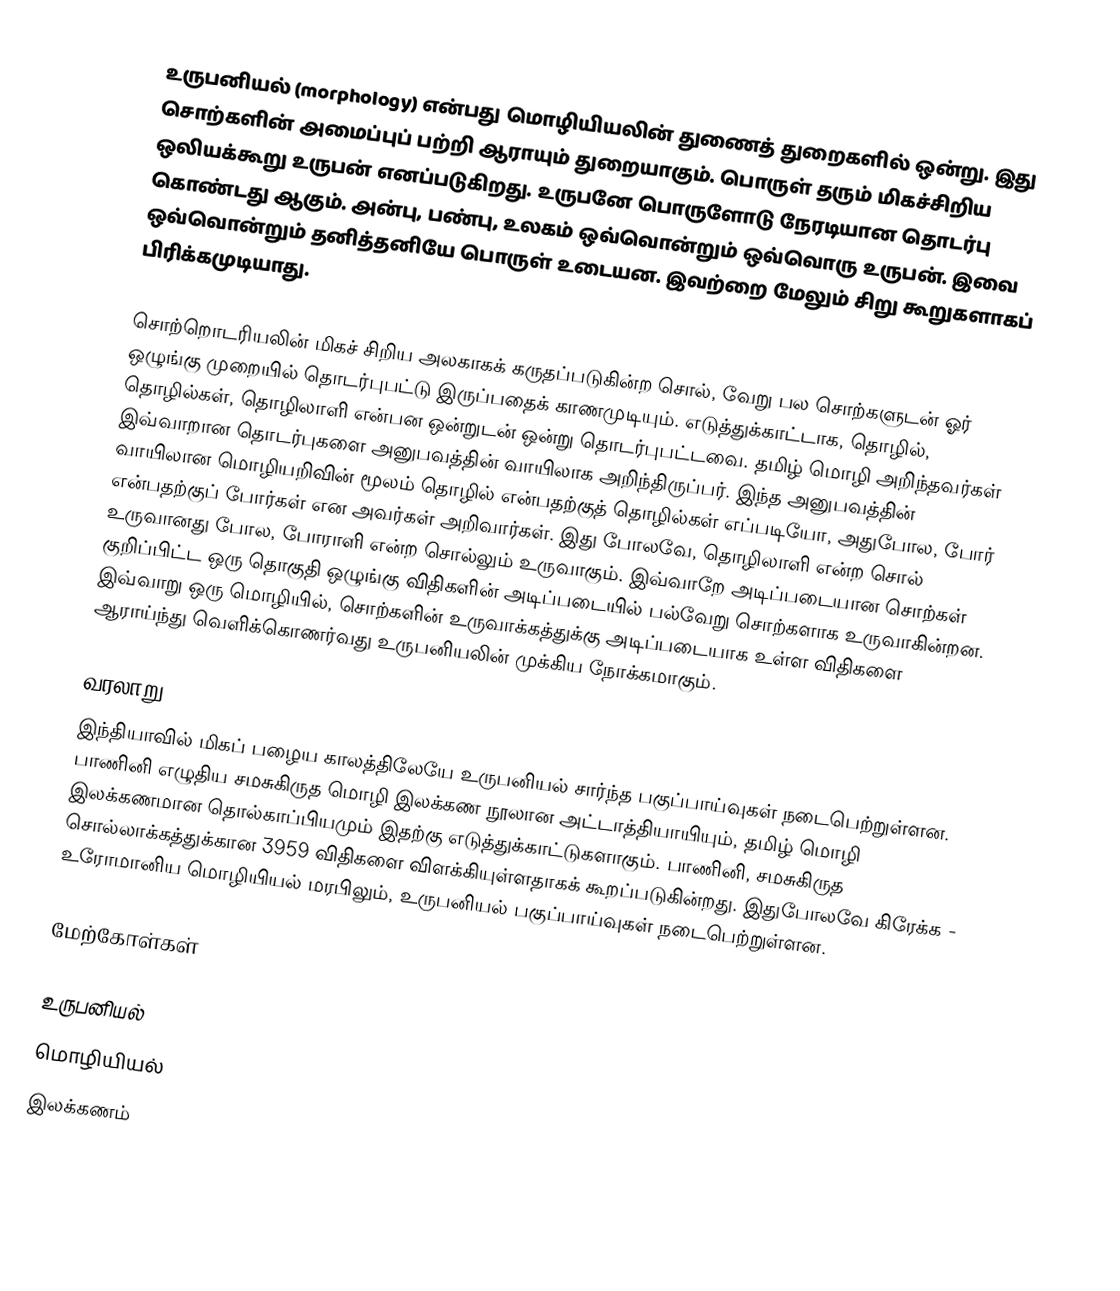
உருபனியல் (morphology) என்பது மொழியியலின் துணைத் துறைகளில் ஒன்று. இது சொற்களின் அமைப்புப் பற்றி ஆராயும் துறையாகும். பொருள் தரும் மிகச்சிறிய ஒலியக்கூறு உருபன் எனப்படுகிறது. உருபனே பொருளோடு நேரடியான தொடர்பு கொண்டது ஆகும். அன்பு, பண்பு, உலகம் ஒவ்வொன்றும் ஒவ்வொரு உருபன். இவை ஒவ்வொன்றும் தனித்தனியே பொருள் உடையன. இவற்றை மேலும் சிறு கூறுகளாகப் பிரிக்கமுடியாது.

சொற்றொடரியலின் மிகச் சிறிய அலகாகக் கருதப்படுகின்ற சொல், வேறு பல சொற்களுடன் ஓர் ஒழுங்கு முறையில் தொடர்புபட்டு இருப்பதைக் காணமுடியும். எடுத்துக்காட்டாக, தொழில், தொழில்கள், தொழிலாளி என்பன ஒன்றுடன் ஒன்று தொடர்புபட்டவை. தமிழ் மொழி அறிந்தவர்கள் இவ்வாறான தொடர்புகளை அனுபவத்தின் வாயிலாக அறிந்திருப்பர். இந்த அனுபவத்தின் வாயிலான மொழியறிவின் மூலம் தொழில் என்பதற்குத் தொழில்கள் எப்படியோ, அதுபோல, போர் என்பதற்குப் போர்கள் என அவர்கள் அறிவார்கள். இது போலவே, தொழிலாளி என்ற சொல் உருவானது போல, போராளி என்ற சொல்லும் உருவாகும். இவ்வாறே அடிப்படையான சொற்கள் குறிப்பிட்ட ஒரு தொகுதி ஒழுங்கு விதிகளின் அடிப்படையில் பல்வேறு சொற்களாக உருவாகின்றன. இவ்வாறு ஒரு மொழியில், சொற்களின் உருவாக்கத்துக்கு அடிப்படையாக உள்ள விதிகளை ஆராய்ந்து வெளிக்கொணர்வது உருபனியலின் முக்கிய நோக்கமாகும்.

வரலாறு
இந்தியாவில் மிகப் பழைய காலத்திலேயே உருபனியல் சார்ந்த பகுப்பாய்வுகள் நடைபெற்றுள்ளன. பாணினி எழுதிய சமசுகிருத மொழி இலக்கண நூலான  அட்டாத்தியாயியும், தமிழ் மொழி இலக்கணமான தொல்காப்பியமும் இதற்கு எடுத்துக்காட்டுகளாகும். பாணினி, சமசுகிருத சொல்லாக்கத்துக்கான 3959 விதிகளை விளக்கியுள்ளதாகக் கூறப்படுகின்றது. இதுபோலவே கிரேக்க - உரோமானிய மொழியியல் மரபிலும், உருபனியல் பகுப்பாய்வுகள் நடைபெற்றுள்ளன.

மேற்கோள்கள்

உருபனியல்
மொழியியல்
இலக்கணம்